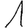
Digit: 1